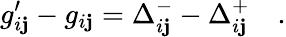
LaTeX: g_{i\mathbf{j}}^{\prime}-g_{i\mathbf{j}}=\Delta_{i\mathbf{j}}^{-}-\Delta_{i\mathbf{j}}^{+}\quad.